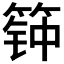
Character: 𰪊